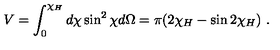
V = \int _ { 0 } ^ { \chi _ { H } } d \chi \sin ^ { 2 } \chi d \Omega = \pi ( 2 \chi _ { H } - \sin 2 \chi _ { H } ) \ .